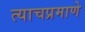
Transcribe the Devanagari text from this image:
त्‍याचप्रमाणे